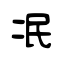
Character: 冺